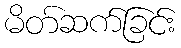
မိတ်ဆက်ခြင်း